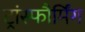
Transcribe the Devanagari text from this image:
ट्रांस्फौर्मिंग